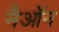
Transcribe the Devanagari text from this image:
नैऑन